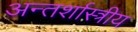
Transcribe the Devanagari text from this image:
अन्तर्शास्त्रीय